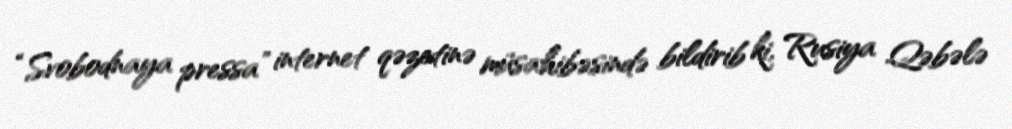
“Svobodnaya pressa” internet qəzetinə müsahibəsində bildirib ki, Rusiya Qəbələ